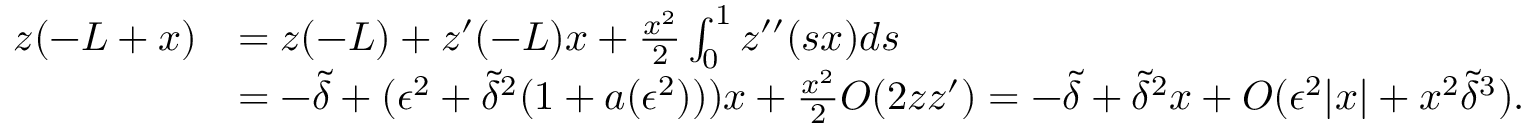
\begin{array} { r l } { z ( - L + x ) } & { = z ( - L ) + z ^ { \prime } ( - L ) x + \frac { x ^ { 2 } } { 2 } \int _ { 0 } ^ { 1 } z ^ { \prime \prime } ( s x ) d s } \\ & { = - \tilde { \delta } + ( \epsilon ^ { 2 } + \tilde { \delta } ^ { 2 } ( 1 + a ( \epsilon ^ { 2 } ) ) ) x + \frac { x ^ { 2 } } { 2 } O ( 2 z z ^ { \prime } ) = - \tilde { \delta } + \tilde { \delta } ^ { 2 } x + O ( \epsilon ^ { 2 } | x | + x ^ { 2 } \tilde { \delta } ^ { 3 } ) . } \end{array}